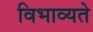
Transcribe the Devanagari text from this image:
विभाव्यते